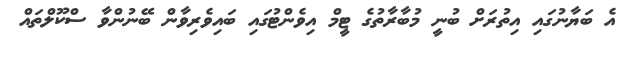
އެ ބަޔާނުގައި އިތުރަށް ބުނީ މުބާރާތުގެ ޓީމް އިވެންޓުގައި ބައިވެރިވާން ބޭނުންވާ ސްކޫލްތައް